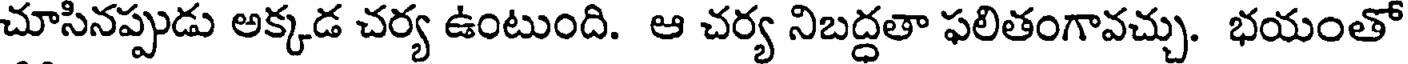
చూసినప్పుడు అక్కడ చర్య ఉంటుంది. ఆ చర్య నిబద్ధతా ఫలితంగావచ్చు. భయంతో